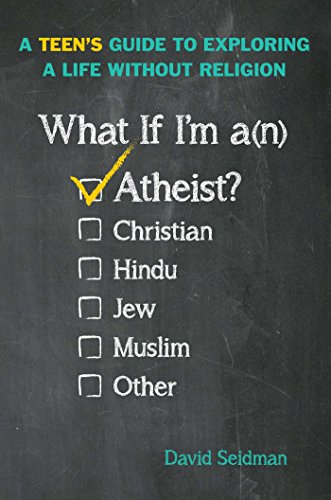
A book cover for What If I'm an Atheist?: A Teen's Guide to Exploring a Life Without Religion; David Seidman; Teen & Young Adult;